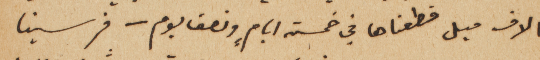
الاف ميل قطعناها في خمسة ايام، ونصف يوم – فرسينا